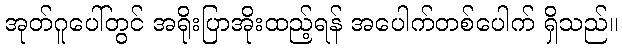
အုတ်ဂူပေါ်တွင် အရိုးပြာအိုးထည့်ရန် အပေါက်တစ်ပေါက် ရှိသည်။